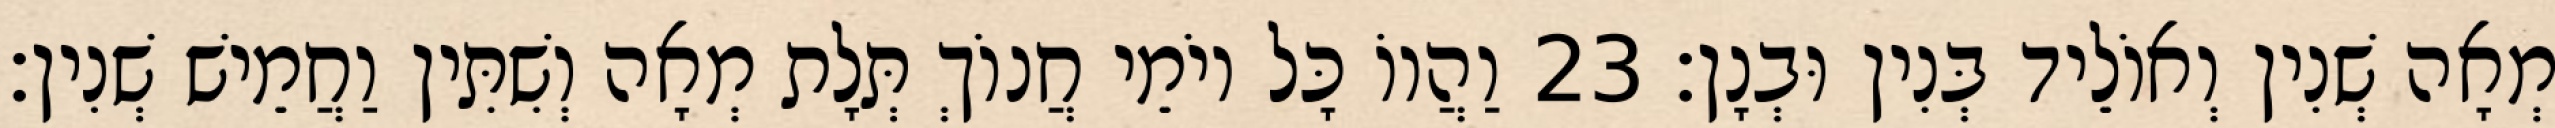
מְאָה שְׁנִין וְאוֹלֵיד בְּנִין וּבְנָן׃ 23 וַהֲווֹ כָּל יוֹמֵי חֲנוֹךְ תְּלָת מְאָה וְשִׁתִּין וַחֲמֵישׁ שְׁנִין׃